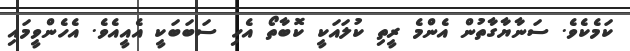
ކަމެކެވެ. ސަނާޔާގާތުން އެންމެ ރީތި ކުލައަކީ ކޮބާތޯ އެހި ސަބަބަކީ އެއީއެވެ. އެހެންވީމައި